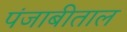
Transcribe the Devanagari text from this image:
पंजाबीताल